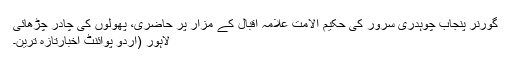
گورنر پنجاب چوہدری سرور کی حکیم الامت علامہ اقبالؒ کے مزار پر حاضری، پھولوں کی چادر چڑھائی
لاہور (اُردو پوائنٹ اخبارتازہ ترین۔